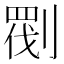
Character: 𠞵